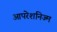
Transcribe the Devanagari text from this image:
आपरेशनिज्म